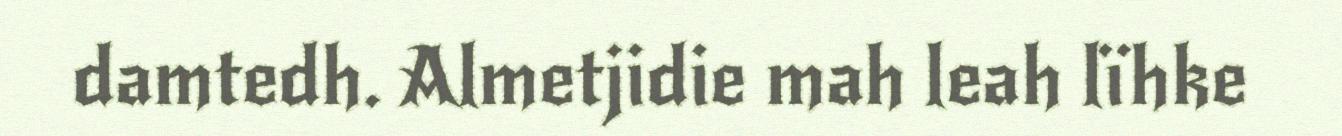
damtedh. Almetjidie mah leah lïhke